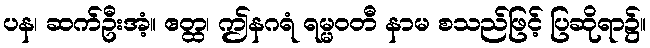
ပန၊ ဆက်ဦးအံ့။ ဧတ္ထ၊ ဤနဂရံ ရမ္မဝတီ နာမ စသည်ဖြင့် ပြဆိုရာ၌။